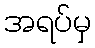
အရပ်မှ